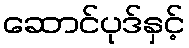
ဆောင်ပုဒ်နှင့်